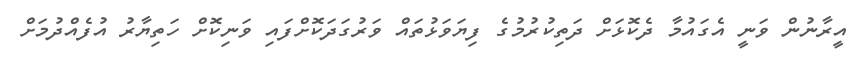
އީރާނުން ވަނީ އެގައުމާ ދެކޮޅަށް ދަތިކުރުމުގެ ފިޔަވަޅުތައް ވަރުގަދަކޮށްފައި ވަނިކޮށް ހަތިޔާރު އުފެއްދުމަށް